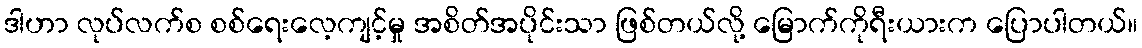
ဒါဟာ လုပ်လက်စ စစ်ရေးလေ့ကျင့်မှု အစိတ်အပိုင်းသာ ဖြစ်တယ်လို့ မြောက်ကိုရီးယားက ပြောပါတယ်။